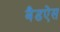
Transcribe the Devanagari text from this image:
बैडऐस